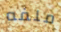
ملفه